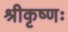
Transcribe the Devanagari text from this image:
श्रीकृष्णः